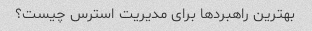
بهترین راهبردها برای مدیریت استرس چیست؟